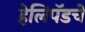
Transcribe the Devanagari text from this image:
हेलिपॅडचे